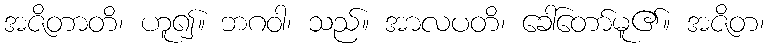
အဇိတာတိ၊ ဟူ၍။ ဘဂဝါ၊ သည်။ အာလပတိ၊ ခေါ်တော်မူ၏။ အဇိတ၊